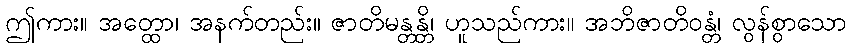
ဤကား။ အတ္ထော၊ အနက်တည်း။ ဇာတိမန္တန္တိ၊ ဟူသည်ကား။ အဘိဇာတိဝန္တံ၊ လွန်စွာသော